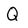
Character: Q